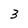
Character: 3